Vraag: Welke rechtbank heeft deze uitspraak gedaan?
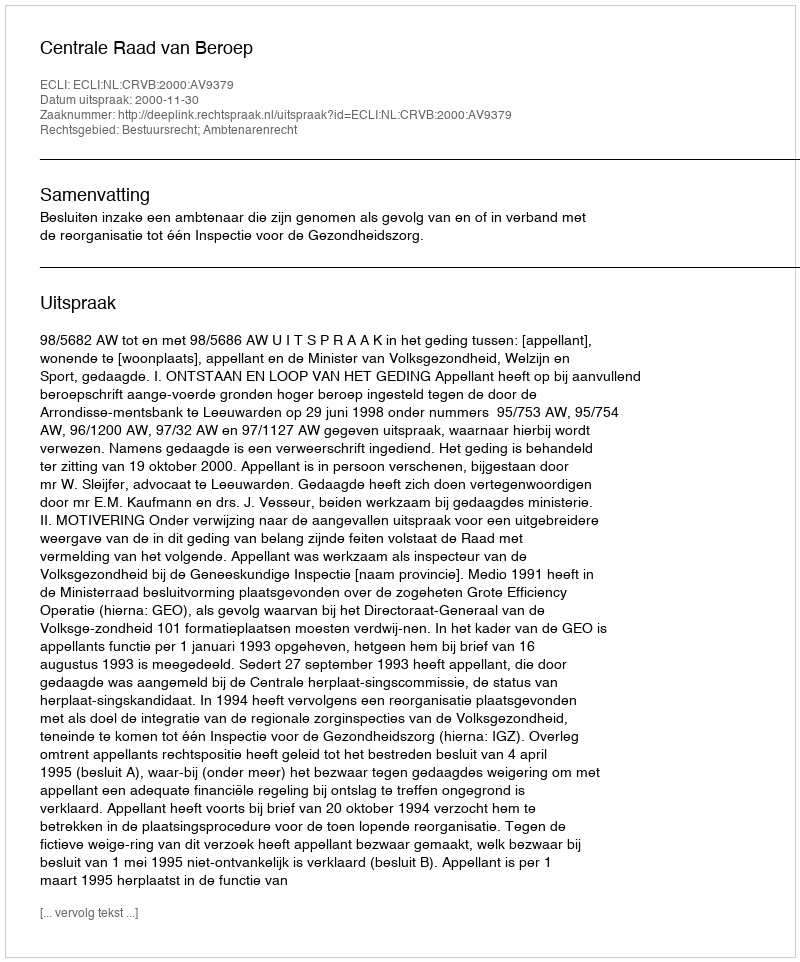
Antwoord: Centrale Raad van Beroep